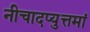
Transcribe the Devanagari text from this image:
नीचादप्युत्तमां